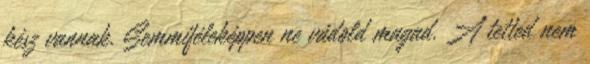
kész vannak. Semmiféleképpen ne vádold magad. A tetted nem